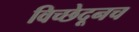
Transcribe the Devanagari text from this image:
विच्छेदूनच